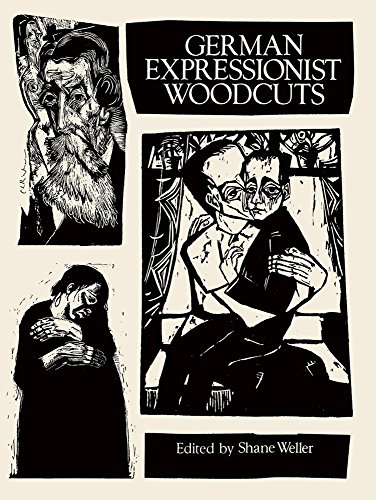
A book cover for German Expressionist Woodcuts (Dover Fine Art, History of Art); Arts & Photography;